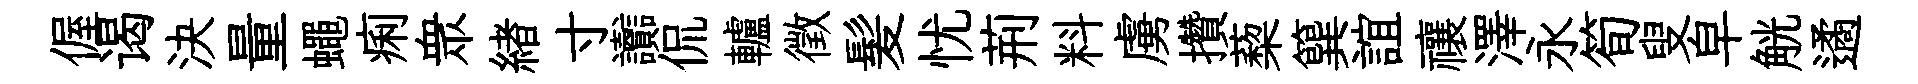
偓谒決量蠅痢衆緖寸讟侃轤徵髪忧荊料虜攢蔾簨誼禳澤永筍叟皁觥遹